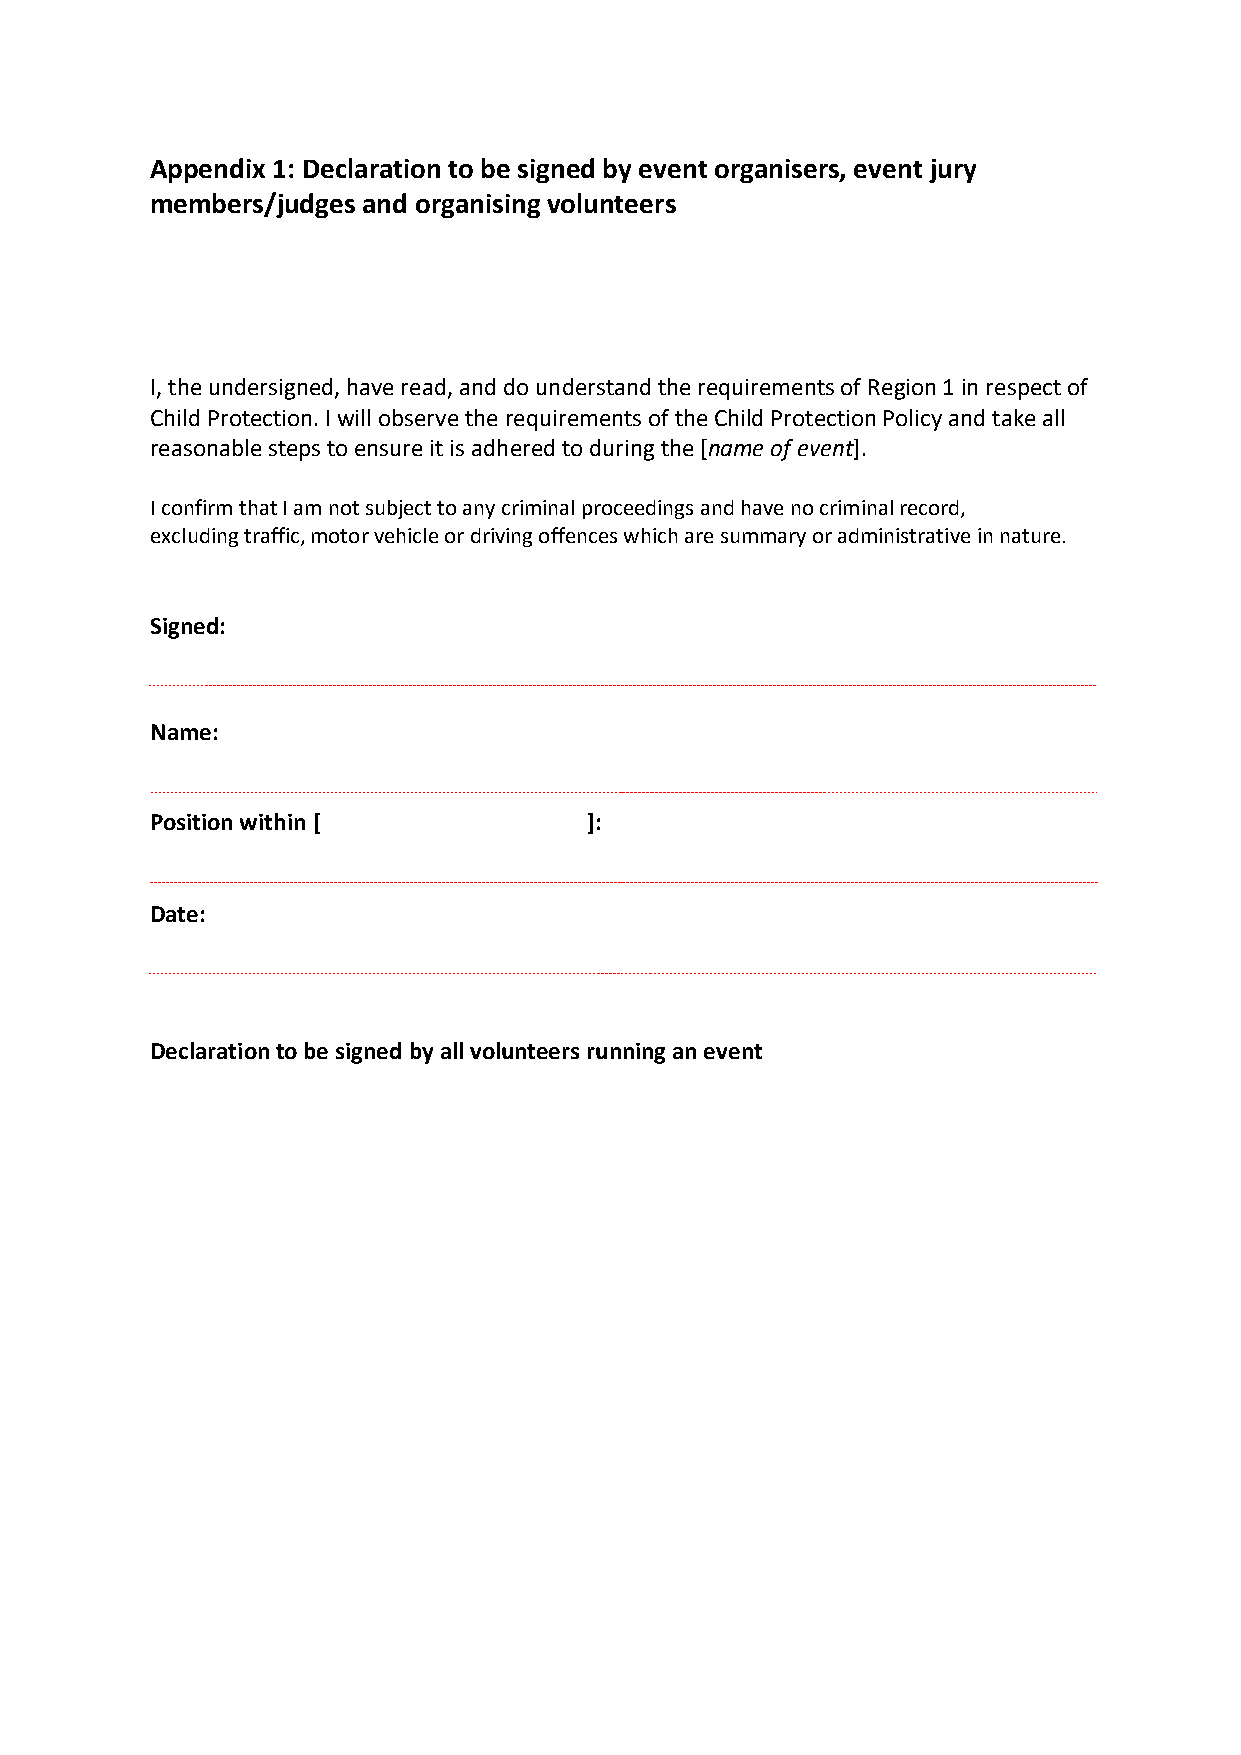
Appendix 1: Declaration to be signed by event organisers, event jury
 members/judges and organising volunteers
 I, the undersigned, have read, and do understand the requirements of Region 1 in respect of
 Child Protection. I will observe the requirements of the Child Protection Policy and take all
 reasonable steps to ensure it is adhered to during the [name of event].
 I confirm that I am not subject to any criminal proceedings and have no criminal record,
 excluding traffic, motor vehicle or driving offences which are summary or administrative in nature.
 Signed:
 Name:
 Position within [            ]:
 Date:
 Declaration to be signed by all volunteers running an event